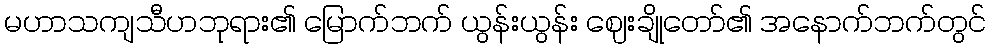
မဟာသကျသီဟဘုရား၏ မြောက်ဘက် ယွန်းယွန်း ဈေးချိုတော်၏ အနောက်ဘက်တွင်